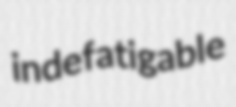
indefatigable